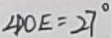
\angle D O E = 2 7 ^ { \circ }